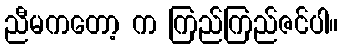
ညီမကတော့ က ကြည်ကြည်ဇင်ပါ။